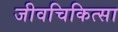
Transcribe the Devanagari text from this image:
जीवचिकित्सा